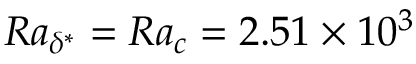
R a _ { \delta ^ { * } } = R a _ { c } = 2 . 5 1 \times 1 0 ^ { 3 }